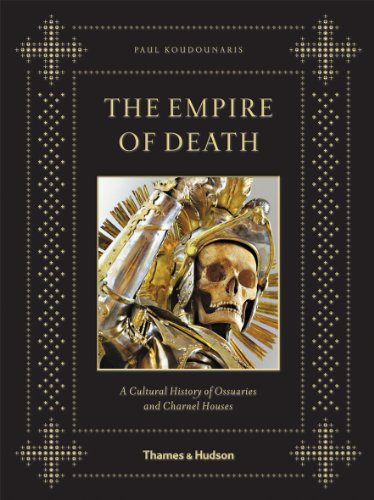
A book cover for The Empire of Death: A Cultural History of Ossuaries and Charnel Houses; Paul Koudounaris; Arts & Photography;